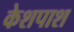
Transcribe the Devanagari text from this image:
केशपाश